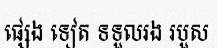
ផ្សេង ទៀត ទទួលរង របួស